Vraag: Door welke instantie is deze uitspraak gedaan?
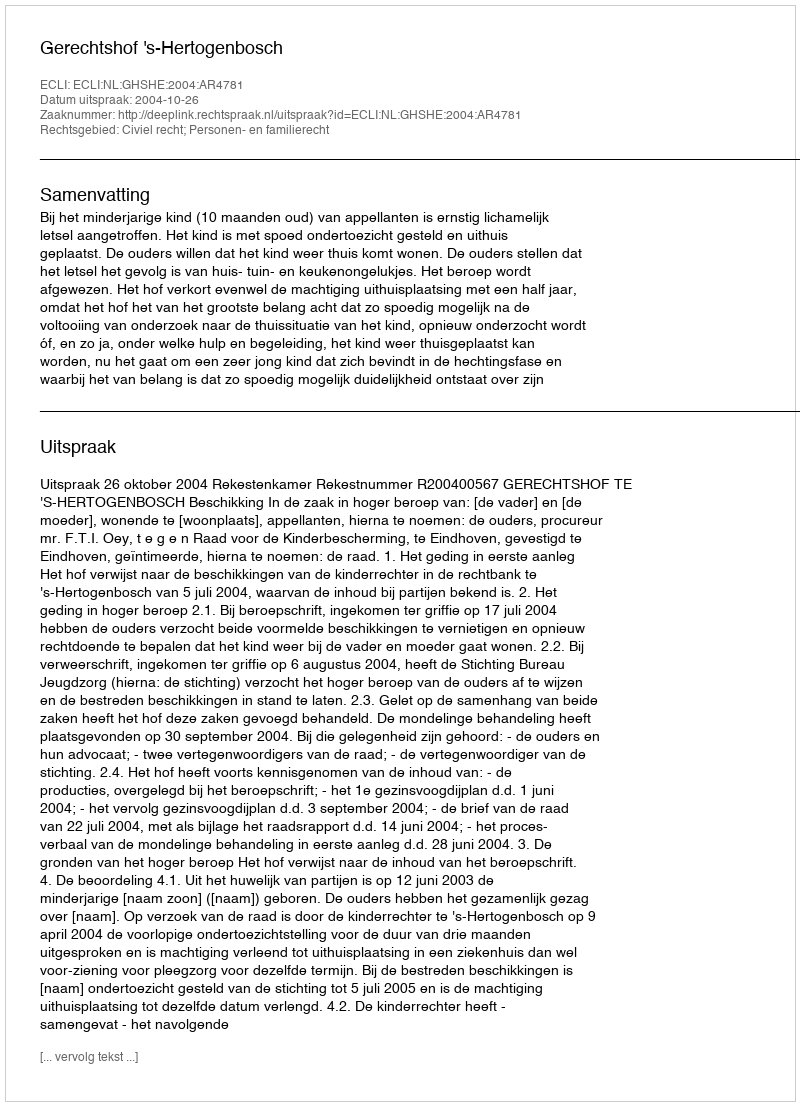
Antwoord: Gerechtshof 's-Hertogenbosch